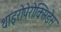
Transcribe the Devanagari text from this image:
थाइरोपेरोक्सिड़ेस